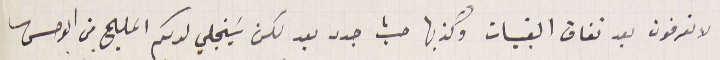
لا تعرفون بعد نفاق القبيات وكذبها حيث جدد بعد لكن سَينجلي لديكم المليح من الوحس